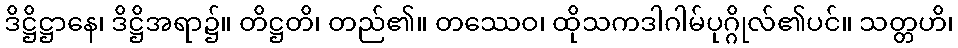
ဒိဋ္ဌိဋ္ဌာနေ၊ ဒိဋ္ဌိအရာ၌။ တိဋ္ဌတိ၊ တည်၏။ တဿေဝ၊ ထိုသကဒါဂါမ်ပုဂ္ဂိုလ်၏ပင်။ သတ္တဟိ၊